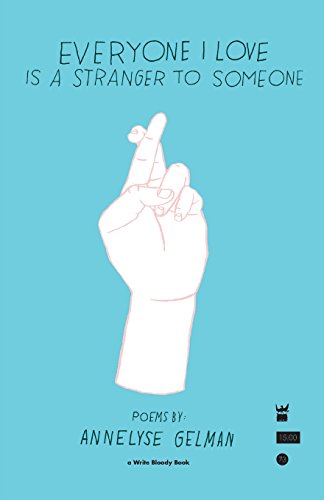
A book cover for Everyone I Love is a Stranger to Someone; Annelyse Gelman; Literature & Fiction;